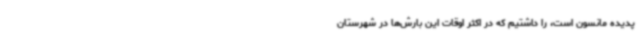
پدیده مانسون است، را داشتیم که در اکثر اوقات این بارش‌ها در شهرستان